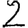
Digit: 2